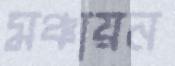
মঞ্চায়ন